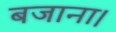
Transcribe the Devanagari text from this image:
बजाना।